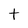
Character: t